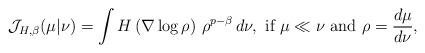
LaTeX: \begin{align*}\mathcal{J}_{H,\beta}(\mu\vert\nu) = \int H\left(\nabla \log \rho\right)\,\rho^{p-\beta}\,d\nu, \mbox{ if } \mu\ll \nu \mbox{ and }\rho = \frac{d\mu}{d\nu},\end{align*}